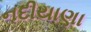
નદીયાણા